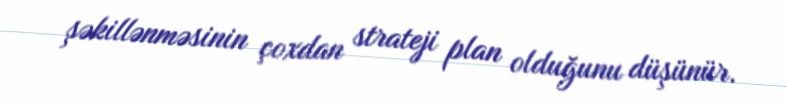
şəkillənməsinin çoxdan strateji plan olduğunu düşünür.